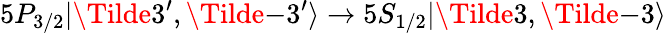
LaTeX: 5P_{3/2}|\Tilde{3^{\prime}},\Tilde{-3^{\prime}}\rangle\rightarrow 5S_{1/2}|\Tilde{3},\Tilde{-3}\rangle